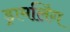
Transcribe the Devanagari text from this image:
ड्रामलिंग